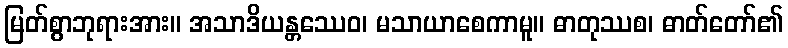
မြတ်စွာဘုရားအား။ အသာဒိယန္တဿေဝ၊ မသာယာစေကာမူ။ ဓာတုဿစ၊ ဓာတ်တော်၏